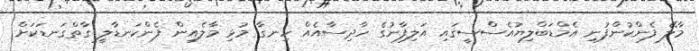
މާލޭ ފެންކުންފުނި އެމްޑަބްލިޔުއެސްސީގައި އަލިފާނުގެ ހާދިސާއެއް ހިނގާ މުޅި މާލެއިން ފެންކަނޑާލީ ގާތްގަނޑަކަށް